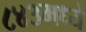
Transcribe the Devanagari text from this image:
८४३मध्ये